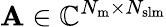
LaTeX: \mathbf{A}\in\mathbb{C}^{N_{\mathrm{{m}}}\times N_{\mathrm{{slm}}}}